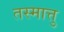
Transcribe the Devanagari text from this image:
तस्मात्तु